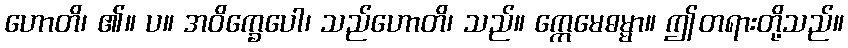
ဟောတိ၊ ၏။ ပ။ အဝိက္ခေပေါ၊ သည်ဟောတိ၊ သည်။ ဣေမေဓမ္မာ။ ဤတရားတို့သည်။